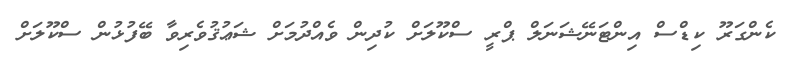
ކެންގަރޫ ކިޑްސް އިންޓަނޭޝަނަލް ޕްރީ ސްކޫލަށް ކުދިން ވެއްދުމަށް ޝަޢުޤުވެރިވާ ބޭފުޅުން ސްކޫލަށް